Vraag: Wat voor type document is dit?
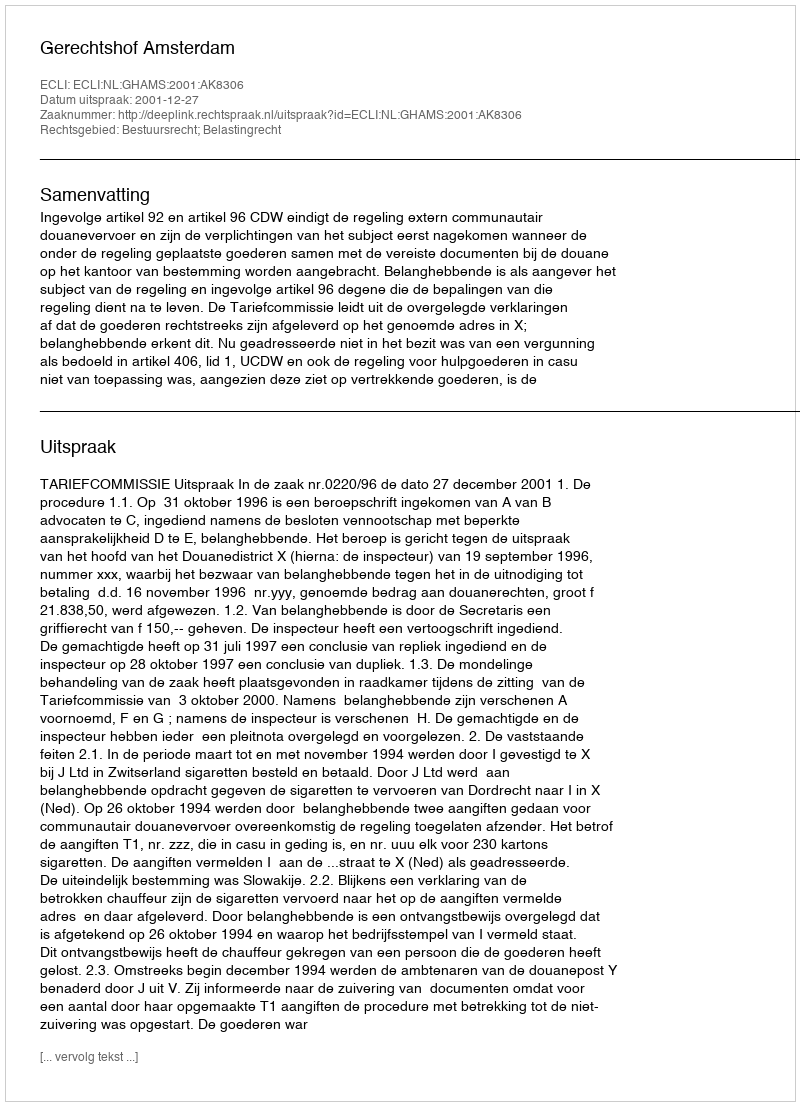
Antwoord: Uitspraak